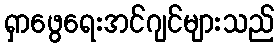
ရှာဖွေရေးအင်ဂျင်များသည်